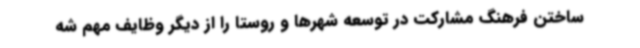
ساختن فرهنگ مشارکت در توسعه شهرها و روستا را از دیگر وظایف مهم شه